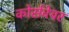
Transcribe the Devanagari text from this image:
कोर्सवेयर